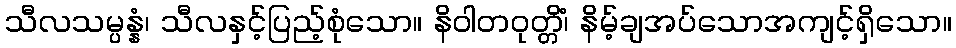
သီလသမ္ပန္နံ၊ သီလနှင့်ပြည့်စုံသော။ နိဝါတဝုတ္တိံ၊ နိမ့်ချအပ်သောအကျင့်ရှိသော။